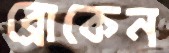
ব্রোকেন